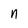
Character: n